Annual administration report of the Civil Veterinary Department of India - 1908-1909
Year: 1908
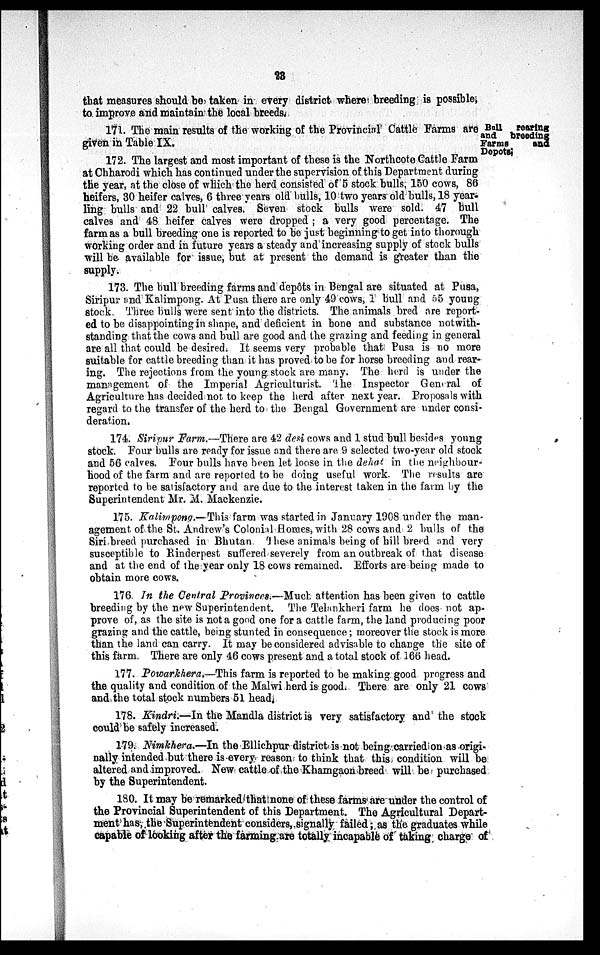
28
that measures should be taken in every district where breeding is possible,
to improve and maintain the local breeds.
Bull rearing
and breeding
Farms
and
Depots;
171. The main results of the working of the Provincial Cattle Farms are
given in Table IX.
172. The largest and most important of these is the Northcote Cattle Farm
at Chharodi which has continued under the supervision of this Department during
the year, at the close of which the herd consisted of 5 stock bulls, 150 cows, 86
heifers, 30 heifer calves, 6 three years old bulls, 10 two years old bulls, 18 year-
ling bulls and 22 bull calves. Seven stock bulls were sold. 47 bull
calves and 48 heifer calves were dropped; a very good percentage. The
farm as a bull breeding one is reported to be just beginning to get into thorough
working order and in future years a steady and increasing supply of stock bulls
will be available for issue, but at present the demand is greater than the
supply.
173. The bull breeding farms and depôts in Bengal are situated at Pusa,
Siripur and Kalimpong. At Pusa there are only 49 cows, 1 bull and 55 young
stock. Three bulls were sent into the districts. The animals bred are report-
ed to be disappointing in shape, and deficient in bone and substance notwith-
standing that the cows and bull are good and the grazing and feeding in general
are all that could be desired. It seems very probable that Pusa is no more
suitable for cattle breeding than it has proved to be for horse breeding and rear-
ing. The rejections from the young stock are many. The herd is under the
management of the Imperial Agriculturist. The Inspector General of
Agriculture has decided not to keep the herd after next year. Proposals with
regard to the transfer of the herd to the Bengal Government are under consi-
deration.
174. Siripur Farm.—There are 42 desi cows and 1 stud bull besides young
stock. Four bulls are ready for issue and there are 9 selected two-year old stock
and 56 calves. Four bulls have been let loose in the dehat in the neighbour-
hood of the farm and are reported to be doing useful work. The results are
reported to be satisfactory and are due to the interest taken in the farm by the
Superintendent Mr. M. Mackenzie.
175. Kalimpong.—This farm was started in January 1908 under the man-
agement of the St. Andrew's Colonial Homes, with 28 cows and 2 bulls of the
Siri breed purchased in Bhutan. These animals being of hill breed and very
susceptible to Rinderpest suffered severely from an outbreak of that disease
and at the end of the year only 18 cows remained. Efforts are being made to
obtain more cows.
176. In the Central Provinces.—Much attention has been given to cattle
breeding by the new Superintendent. The Telankheri farm he does not ap-
prove of, as the site is not a good one for a cattle farm, the land producing poor
grazing and the cattle, being stunted in consequence; moreover the stock is more
than the land can carry. It may be considered advisable to change the site of
this farm. There are only 46 cows present and a total stock of 166 head.
177. Powarkhera.—This farm is reported to be making good progress and
the quality and condition of the Malwi herd is good. There are only 21 cows
and the total stock numbers 51 head.
178. Kindri.—In the Mandla district is very satisfactory and the stock
could be safely increased.
179. Nimkhera.—In the Ellichpur district is not being carried on as origi-
nally intended but there is every reason to think that this condition will be
altered and improved. New cattle of the Khamgaon breed will be purchased
by the Superintendent.
180. It may be remarked that none of these farms are under the control of
the Provincial Superintendent of this Department. The Agricultural Depart-
ment has, the Superintendent considers, signally failed; as the graduates while
capable of looking after the farming are totally incapable of taking charge of